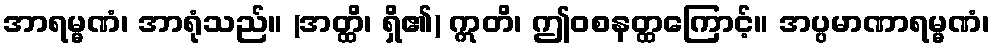
အာရမ္မဏံ၊ အာရုံသည်။ (အတ္ထိ၊ ရှိ၏) ဣတိ၊ ဤဝစနတ္ထကြောင့်။ အပ္ပမာဏာရမ္မဏံ၊